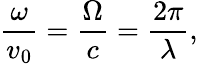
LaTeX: \frac{\omega}{v_{0}}=\frac{\Omega}{c}=\frac{2\pi}{\lambda},